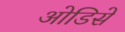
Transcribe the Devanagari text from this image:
ओडिसे